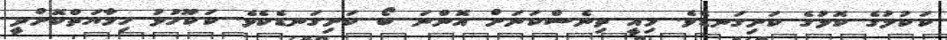
ކަކުލުގެ ކޮޅުގެ ކަށިގަނޑެވެ. މިއީ ތިނެސްކަނަށް އޮންނަ ބޯ ކަށިގަނޑެކެވެ. ކަކޫހުޅު ހިމާޔަތްކޮށްދީ